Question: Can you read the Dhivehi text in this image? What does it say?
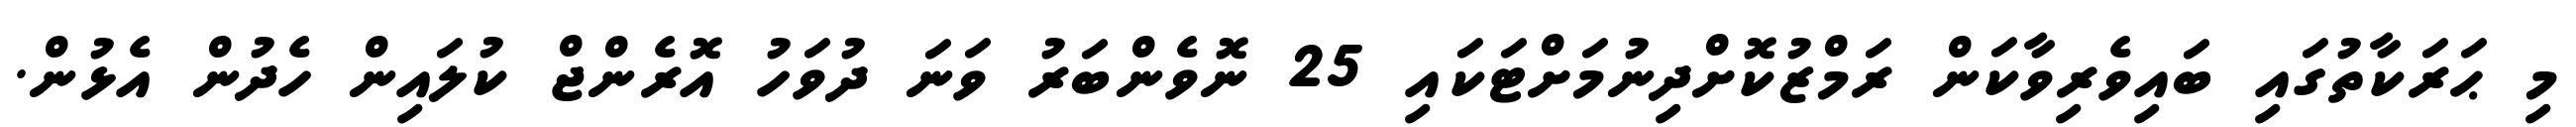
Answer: މި ޙަރަކާތުގައި ބައިވެރިވާކަން ރަމްޒުކޮށްދިނުމަށްޓަކައި 25 ނޮވެންބަރު ވަނަ ދުވަހު އޮރެންޖް ކުލައިން ހެދުން އެޅުން.